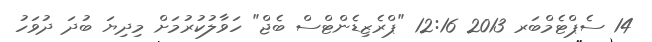
14 ސެޕްޓެމްބަރ 2013 12:16 "ޕްރެޒިޑެންޓްސް ބެޖް" ހަވާލުކުރުމަށް މިދިޔަ ބުދަ ދުވަހު